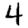
Digit: 4